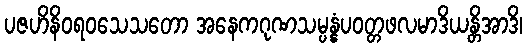
ပဇဟိနိဝရဝသေသတော အနေကဂုဏသမ္ပန္နံပဝတ္တဖလမာဒိယန္တိအာဒိ၊